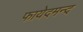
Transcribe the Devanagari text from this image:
फायेदमन्द